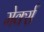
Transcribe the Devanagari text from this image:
मेर्क्स